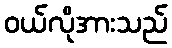
ဝယ်လိုအားသည်